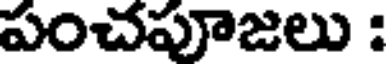
పంచపూజలు :